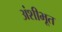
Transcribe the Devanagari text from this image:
अंशीभूत